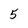
Character: 5